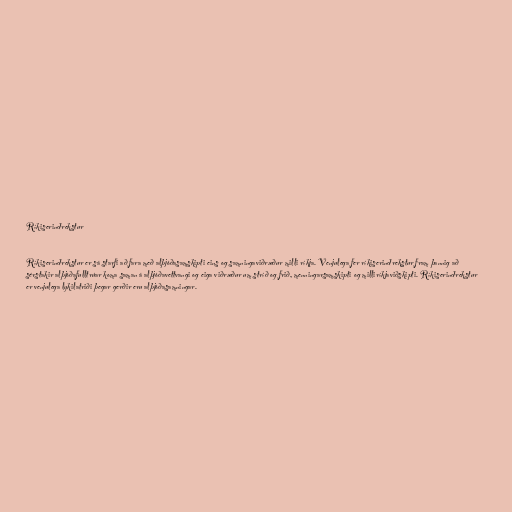
Ríkiserindrekstur

Ríkiserindrekstur er sá starfi að fara með alþjóðasamskipti eins og samningaviðræður milli ríkja. Venjulega fer ríkiserindrekstur fram þannig að
sérstakir alþjóðafulltrúar koma saman á alþjóðavettvangi og eiga viðræður um stríð og frið, menningarsamskipti og milliríkjaviðskipti. Ríkiserindrekstur
er venjulega lykilatriði þegar gerðir eru alþjóðasamningar.